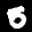
Label: 5